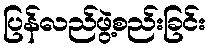
ပြန်လည်ဖွဲ့စည်းခြင်း